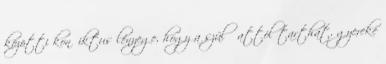
közötti konﬂiktus lényege, hogy a szülő attól tarthat, gyereke